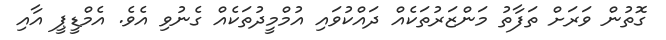
ގޮތުން ވަރަށް ތަފާތު މަންޒަރުތަކެއް ދައްކުވައި އުމްމީދުތަކެއް ގެނުވި އެވެ. އެމްޑީޕީ އާއި